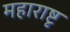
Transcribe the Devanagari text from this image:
महाराष्टृ